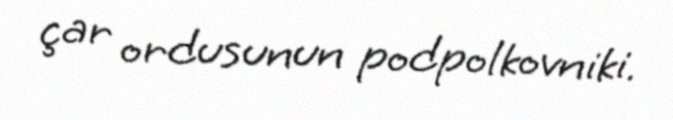
çar ordusunun podpolkovniki.